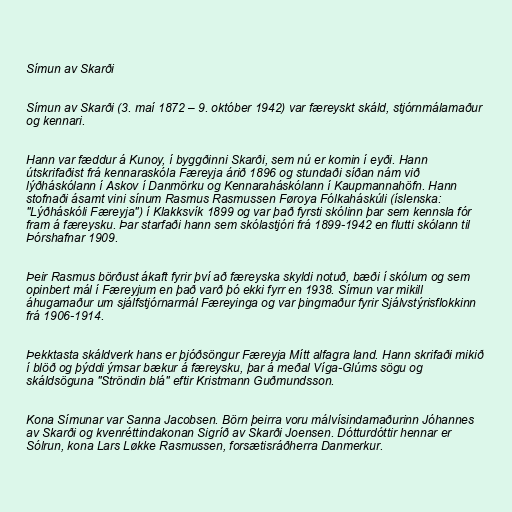
Símun av Skarði

Símun av Skarði (3. maí 1872 – 9. október 1942) var færeyskt skáld, stjórnmálamaður
og kennari.

Hann var fæddur á Kunoy, í byggðinni Skarði, sem nú er komin í eyði. Hann
útskrifaðist frá kennaraskóla Færeyja árið 1896 og stundaði síðan nám við
lýðháskólann í Askov í Danmörku og Kennaraháskólann í Kaupmannahöfn. Hann
stofnaði ásamt vini sínum Rasmus Rasmussen Føroya Fólkaháskúli (íslenska:
"Lýðháskóli Færeyja") í Klakksvík 1899 og var það fyrsti skólinn þar sem kennsla fór
fram á færeysku. Þar starfaði hann sem skólastjóri frá 1899-1942 en flutti skólann til
Þórshafnar 1909.

Þeir Rasmus börðust ákaft fyrir því að færeyska skyldi notuð, bæði í skólum og sem
opinbert mál í Færeyjum en það varð þó ekki fyrr en 1938. Símun var mikill
áhugamaður um sjálfstjórnarmál Færeyinga og var þingmaður fyrir Sjálvstýrisflokkinn
frá 1906-1914.

Þekktasta skáldverk hans er þjóðsöngur Færeyja Mítt alfagra land. Hann skrifaði mikið
í blöð og þýddi ýmsar bækur á færeysku, þar á meðal Víga-Glúms sögu og
skáldsöguna "Ströndin blá" eftir Kristmann Guðmundsson.

Kona Símunar var Sanna Jacobsen. Börn þeirra voru málvísindamaðurinn Jóhannes
av Skarði og kvenréttindakonan Sigríð av Skarði Joensen. Dótturdóttir hennar er
Sólrun, kona Lars Løkke Rasmussen, forsætisráðherra Danmerkur.